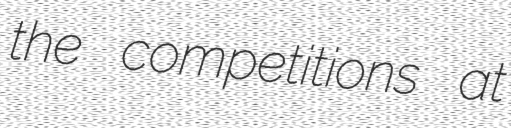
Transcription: the competitions at